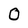
Character: 0